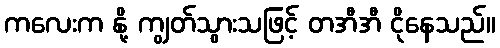
ကလေးက နို့ ကျွတ်သွားသဖြင့် တအီအီ ငိုနေသည်။